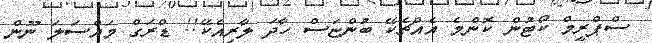
ސްޕްރީމް ކޯޓުން ކޮންމެ އެއްޗެކޭ ބުންޏަސް ހާދަ ލާރިއެކޭ!! ޑްރަގް މައްސަލަ ނޫން